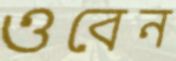
ওবেন